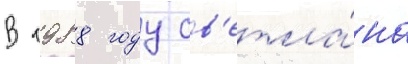
В 1988 году св'етла́на